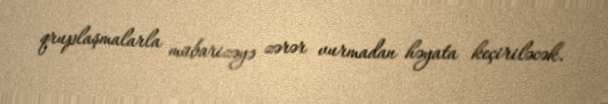
qruplaşmalarla mübarizəyə zərər vurmadan həyata keçiriləcək.